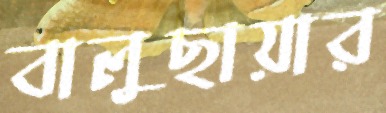
বালুছায়ার